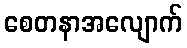
စေတနာအလျောက်